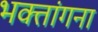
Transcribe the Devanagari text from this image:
भक्तांगना